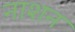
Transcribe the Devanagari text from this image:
नाशन